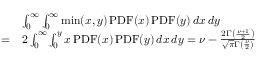
\begin{array} { r l } & { \int _ { 0 } ^ { \infty } \int _ { 0 } ^ { \infty } \operatorname* { m i n } ( x , y ) \operatorname { P D F } ( x ) \operatorname { P D F } ( y ) \, d x \, d y } \\ { = } & { 2 \int _ { 0 } ^ { \infty } \int _ { 0 } ^ { y } x \operatorname { P D F } ( x ) \operatorname { P D F } ( y ) \, d x \, d y = \nu - \frac { 2 \Gamma \left( \frac { \nu + 1 } { 2 } \right) } { \sqrt { \pi } \Gamma \left( \frac { \nu } { 2 } \right) } } \end{array}